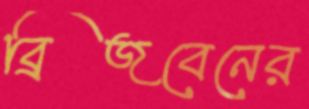
ব্রিজবেনের